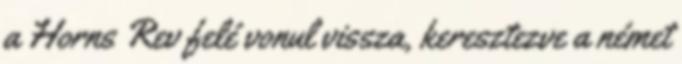
a Horns Rev felé vonul vissza, keresztezve a német